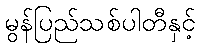
မွန်ပြည်သစ်ပါတီနှင့်